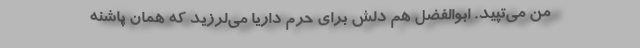
من می‌تپید. ابوالفضل هم دلش برای حرم داریا می‌لرزید که همان پاشنه